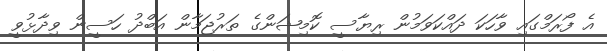
އެ ފޯރަމްގައި ވާހަކަ ދައްކަވަމުން ރިޔާސީ ކޮމިޝަންގެ ތަރުޖަމާން އަބްދު ހަސީން ވިދާޅުވީ